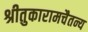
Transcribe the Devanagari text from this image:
श्रीतुकारामचैतन्य